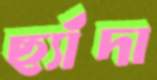
ছ্যাঁদা